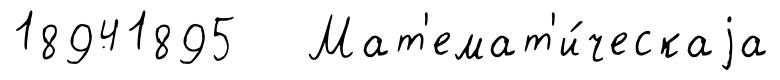
18941895 Мат'емат'и́ческаjа